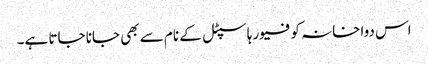
اس دواخانہ کو فیور ہاسپٹل کے نام سے بھی جانا جاتا ہے۔